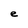
Character: e